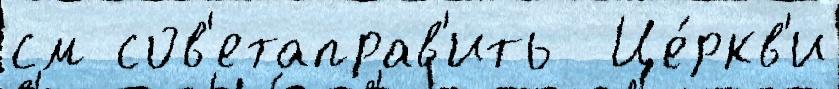
см сов'етаправ'ить  Це́ркв'и